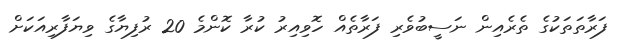
ފަރާތަތަކުގެ ތެރެއިން ނަސީބުވެރި ފަރާތެއް ހޮވިއިރު ކުރާ ކޮންމެ 20 ރުފިޔާގެ ވިޔަފާރިއަކަށް